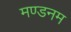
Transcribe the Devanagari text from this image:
मण्‍डनम